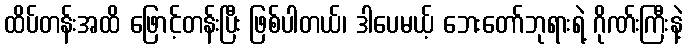
ထိပ်တန်းအထိ ဖြောင့်တန်းပြီး ဖြစ်ပါတယ်၊ ဒါပေမယ့် ဘေးတော်ဘုရားရဲ့ ဂိုဏ်းကြီးနဲ့